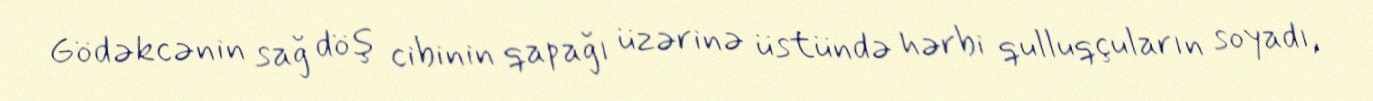
Gödəkcənin sağ döş cibinin qapağı üzərinə üstündə hərbi qulluqçuların soyadı,